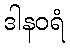
ဒါနဝရံ